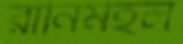
রানিমহল